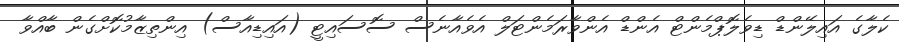
ކެލާގެ އައިލޭންޑް ޑިވެލޮޕްމެންޓް އެންޑް އެންވާރަމެންޓަލް އެވެއާނެސް ސޮސައިޓީ (އައިޑިއާސް) އިންތިޒާމުކޮށްގެން ބާއްވާ